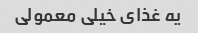
یه غذای خیلی معمولی